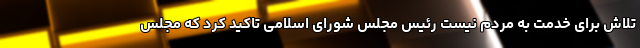
تلاش برای خدمت به مردم نیست رئیس مجلس شورای اسلامی تاکید کرد که مجلس